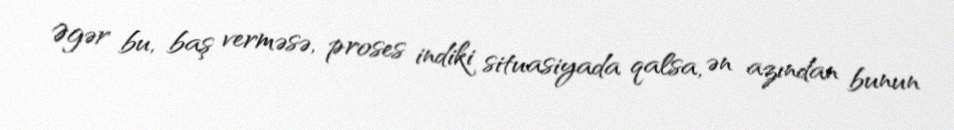
Əgər bu, baş verməsə, proses indiki situasiyada qalsa, ən azından bunun